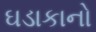
ઘડાકાનો